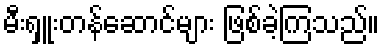
မီးရှူးတန်ဆောင်များ ဖြစ်ခဲ့ကြသည်။